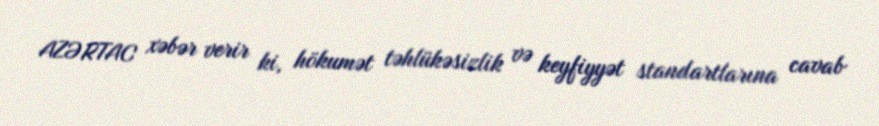
AZƏRTAC xəbər verir ki, hökumət təhlükəsizlik və keyfiyyət standartlarına cavab